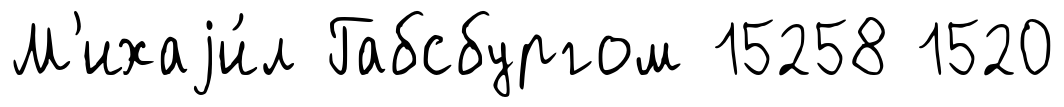
М'ихаjи́л Габсбургом 15258 1520